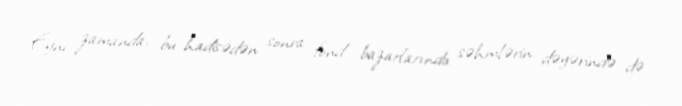
Eyni zamanda, bu hadisədən sonra fond bazarlarında səhmlərin dəyərində də